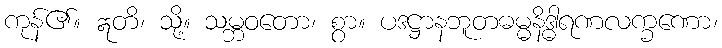
ကုန်၏။ ဣတိ၊ သို့။ သမ္ဘဝတော၊ စွာ။ ပဒဋ္ဌာနဘူတဓမ္မနိဒ္ဓါရဏလက္ခဏော၊